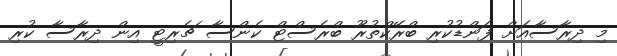
މި ދިރާސާއަށް ފަންޑުކުރި ބްރޭކްތުރޫ ބްރެސްޓް ކެންސާ ޗެރިޓީ އިން ދިރާސާ ކުރި